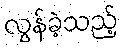
လွန်ခဲ့သည့်